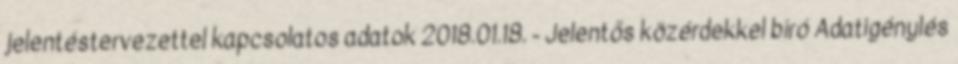
jelentéstervezettel kapcsolatos adatok 2018.01.18. - Jelentős közérdekkel bíró Adatigénylés